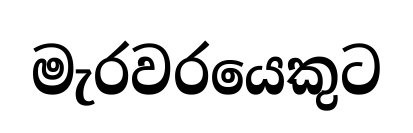
මැරවරයෙකුට